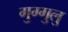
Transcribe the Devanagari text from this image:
गुग्गुलु